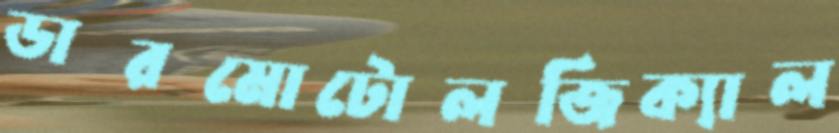
ডারমোটোলজিক্যাল